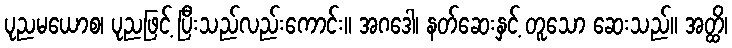
ပုညမယောစ၊ ပုညဖြင့် ပြီးသည်လည်းကောင်း။ အဂဒေါ၊ နတ်ဆေးနှင့် တူသော ဆေးသည်။ အတ္ထိ၊